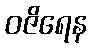
ဝဇိရေန